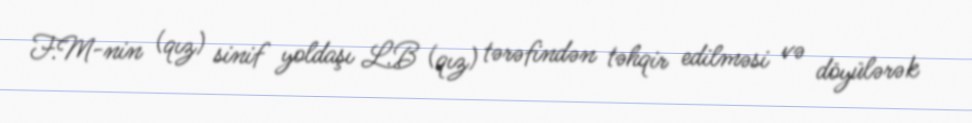
F.M-nin (qız) sinif yoldaşı L.B (qız) tərəfindən təhqir edilməsi və döyülərək